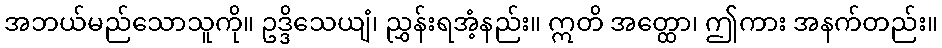
အဘယ်မည်သောသူကို။ ဥဒ္ဒိသေယျံ၊ ညွှန်းရအံ့နည်း။ ဣတိ အတ္ထော၊ ဤကား အနက်တည်း။